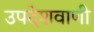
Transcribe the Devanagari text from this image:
उपदेशवाणी